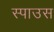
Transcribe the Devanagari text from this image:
स्पाउस